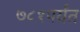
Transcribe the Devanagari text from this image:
७८१पर्यंत